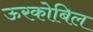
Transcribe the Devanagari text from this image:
ऊरकोबिल